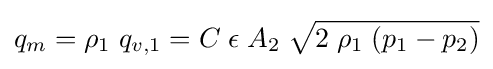
q_{m}=\rho _{1}\;q_{v,1}=C\;\epsilon \;A_{2}\;{\sqrt {2\;\rho _{1}\;(p_{1}-p_{2})}}